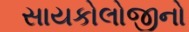
સાયકોલોજીનો